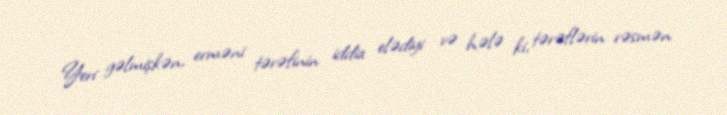
Yeri gəlmişkən, erməni tərəfinin iddia elədiyi və hələ ki, tərəflərin rəsmən